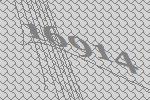
16914